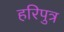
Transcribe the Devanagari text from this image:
हरिपुत्र